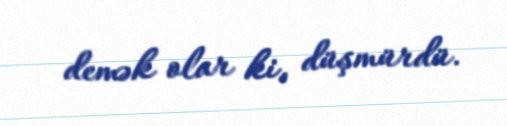
demək olar ki, düşmürdü.